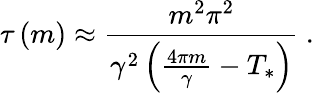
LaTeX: \tau\left(m\right)\approx\frac{m^{2}\pi^{2}}{\gamma^{2}\left(\frac{4\pi m}{\gamma}-T_{*}\right)}\ .